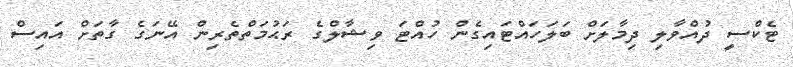
ޓެކްސީ ދުއްވާލި ދިމާލަށް ބަލަހައްޓައިގެން ހުއްޓަ ވިޝާލްގެ ރަޙުމަތްތެރިން އޭނަގެ ގާތަށް އައިސް